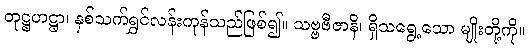
တုဋ္ဌဟဋ္ဌာ၊ နှစ်သက်ရွှင်လန်းကုန်သည်ဖြစ်၍။ သဗ္ဗဗီဇာနိ၊ ရှိသရွေ့သော မျိုးတို့ကို။